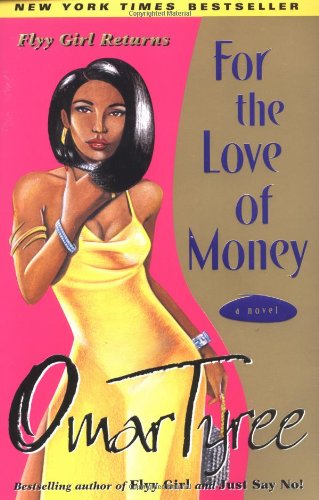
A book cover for For the Love of Money : A Novel; Omar Tyree; Humor & Entertainment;